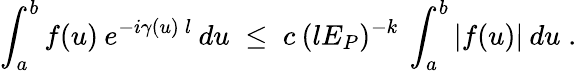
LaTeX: \int_{a}^{b}f(u)\: e^{-i\gamma(u)\: l}\: du\; \leq\; c\: (lE_{P})^{-k}\: \int_{a}^{b}|f(u)|\: du\; .